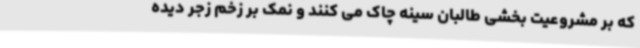
که بر مشروعیت بخشی طالبان سینه چاک می کنند و نمک بر زخم زجر دیده